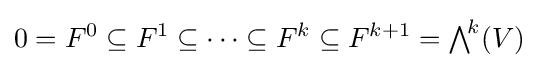
0=F^{0}\subseteq F^{1}\subseteq \cdots \subseteq F^{k}\subseteq F^{k+1}={\textstyle \bigwedge }^{\!k}(V)